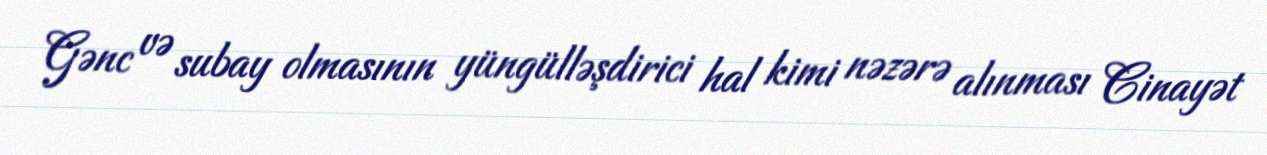
Gənc və subay olmasının yüngülləşdirici hal kimi nəzərə alınması Cinayət